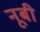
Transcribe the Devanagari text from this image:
नूबी